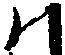
ハ